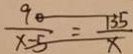
\frac { 9 0 } { x - 5 } = \frac { 1 3 5 } { x }